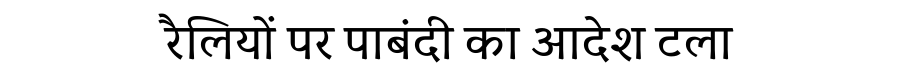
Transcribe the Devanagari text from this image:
रैलियों पर पाबंदी का आदेश टला